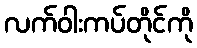
လက်ဝါးကပ်တိုင်ကို